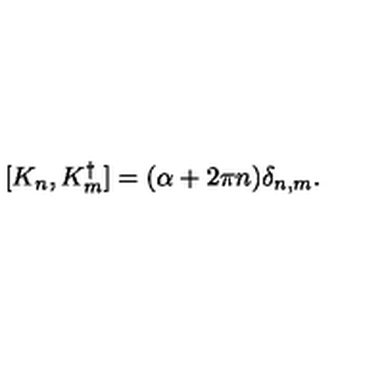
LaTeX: [ K _ { n } , K _ { m } ^ { \dagger } ] = ( \alpha + 2 \pi n ) \delta _ { n , m } .